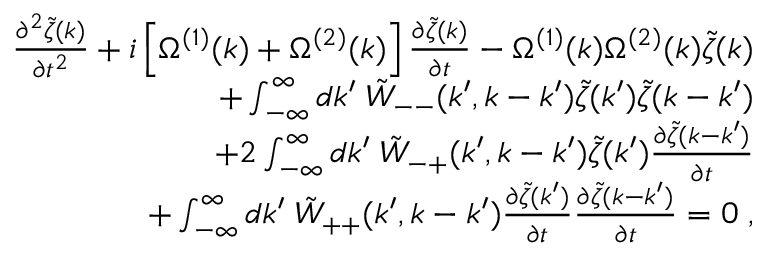
\begin{array} { r l r } & { } & { \frac { \partial ^ { 2 } \tilde { \zeta } ( k ) } { \partial t ^ { 2 } } + i \left[ \Omega ^ { ( 1 ) } ( k ) + \Omega ^ { ( 2 ) } ( k ) \right] \frac { \partial \tilde { \zeta } ( k ) } { \partial t } - \Omega ^ { ( 1 ) } ( k ) \Omega ^ { ( 2 ) } ( k ) \tilde { \zeta } ( k ) } \\ & { } & { + \int _ { - \infty } ^ { \infty } d k ^ { \prime } \; \tilde { W } _ { -- } ( k ^ { \prime } , k - k ^ { \prime } ) \tilde { \zeta } ( k ^ { \prime } ) \tilde { \zeta } ( k - k ^ { \prime } ) } \\ & { } & { + 2 \int _ { - \infty } ^ { \infty } d k ^ { \prime } \; \tilde { W } _ { - + } ( k ^ { \prime } , k - k ^ { \prime } ) \tilde { \zeta } ( k ^ { \prime } ) \frac { \partial \tilde { \zeta } ( k - k ^ { \prime } ) } { \partial t } } \\ & { } & { + \int _ { - \infty } ^ { \infty } d k ^ { \prime } \; \tilde { W } _ { + + } ( k ^ { \prime } , k - k ^ { \prime } ) \frac { \partial \tilde { \zeta } ( k ^ { \prime } ) } { \partial t } \frac { \partial \tilde { \zeta } ( k - k ^ { \prime } ) } { \partial t } = 0 \; , } \end{array}